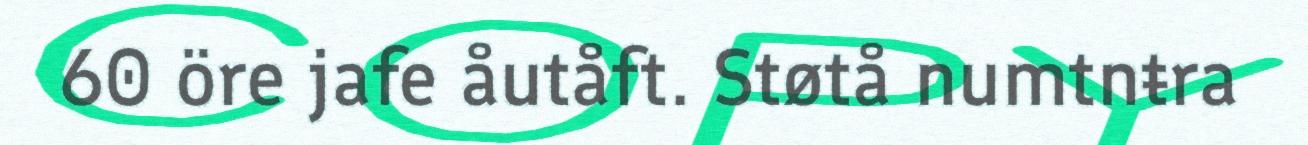
60 öre jafe åutåft. Støtå numtnŧra